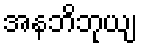
အနဘိဘုယျ